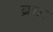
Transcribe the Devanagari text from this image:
ब्रचा